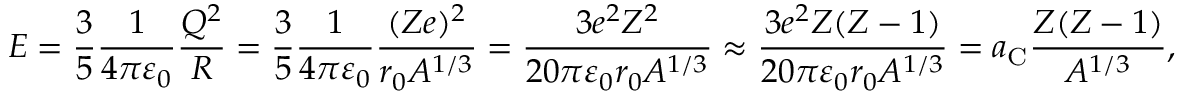
E = { \frac { 3 } { 5 } } { \frac { 1 } { 4 \pi \varepsilon _ { 0 } } } { \frac { Q ^ { 2 } } { R } } = { \frac { 3 } { 5 } } { \frac { 1 } { 4 \pi \varepsilon _ { 0 } } } { \frac { ( Z e ) ^ { 2 } } { r _ { 0 } A ^ { 1 / 3 } } } = { \frac { 3 e ^ { 2 } Z ^ { 2 } } { 2 0 \pi \varepsilon _ { 0 } r _ { 0 } A ^ { 1 / 3 } } } \approx { \frac { 3 e ^ { 2 } Z ( Z - 1 ) } { 2 0 \pi \varepsilon _ { 0 } r _ { 0 } A ^ { 1 / 3 } } } = a _ { \mathrm { C } } { \frac { Z ( Z - 1 ) } { A ^ { 1 / 3 } } } ,